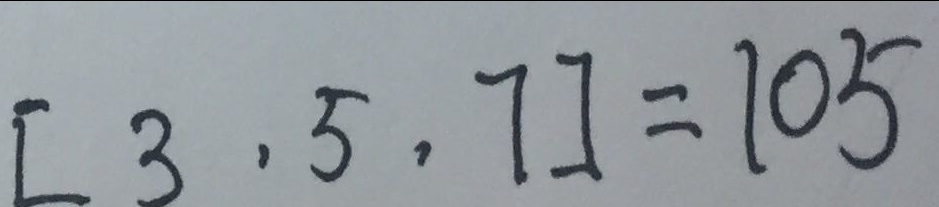
[ 3 , 5 , 7 ] = 1 0 5